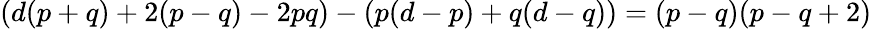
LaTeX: \left(d(p+q)+2(p-q)-2pq\right)-\left(p(d-p)+q(d-q)\right)=(p-q)(p-q+2)